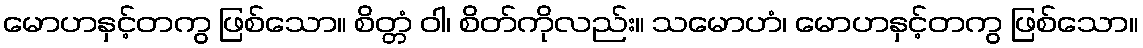
မောဟနှင့်တကွ ဖြစ်သော။ စိတ္တံ ဝါ၊ စိတ်ကိုလည်း။ သမောဟံ၊ မောဟနှင့်တကွ ဖြစ်သော။